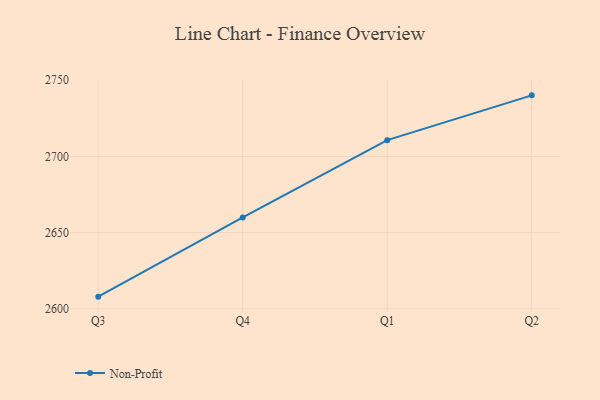
{"axis": {"x": "Quarter", "y": "Customer Acquisition Cost (USD)"}, "legend": ["Non-Profit"], "data": [{"x": "Q3", "y": 2608.0, "type": "Non-Profit"}, {"x": "Q4", "y": 2660.0, "type": "Non-Profit"}, {"x": "Q1", "y": 2710.7, "type": "Non-Profit"}, {"x": "Q2", "y": 2740.1, "type": "Non-Profit"}]}